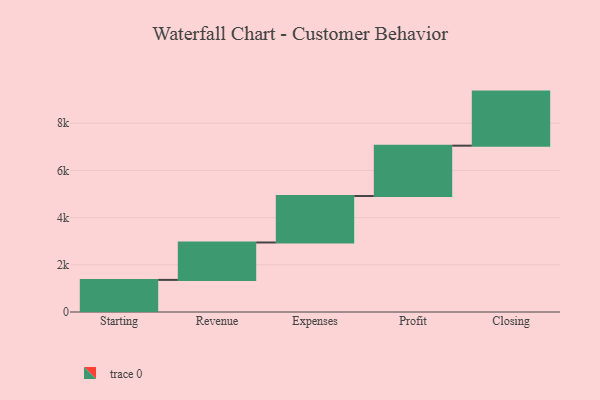
{"axis": {"x": "Step", "y": "Value"}, "legend": [""], "data": [{"x": "Starting", "y": 1361.0, "type": ""}, {"x": "Revenue", "y": 1585.0, "type": ""}, {"x": "Expenses", "y": 1969.0, "type": ""}, {"x": "Profit", "y": 2135.0, "type": ""}, {"x": "Closing", "y": 2291.0, "type": ""}]}